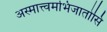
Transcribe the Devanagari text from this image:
अस्मात्त्वमभिजातोसि